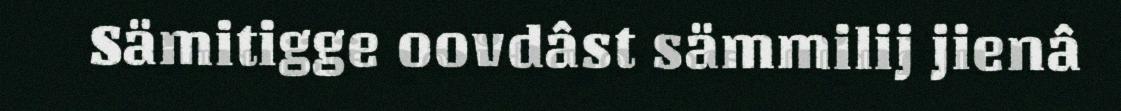
Sämitigge oovdâst sämmilij jienâ